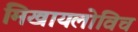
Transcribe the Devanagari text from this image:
मिखायलोविच